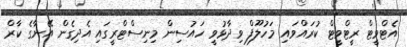
އެޓްވީޓް ރީޓްވީޓް ކުރައްވައި މަހުލޫފް ވިދާޅުވީ ހައުސިން މިނިސްޓްރީގައި އެދިގެން އޭނާގެ ކާރް